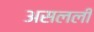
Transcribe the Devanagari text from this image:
असलली